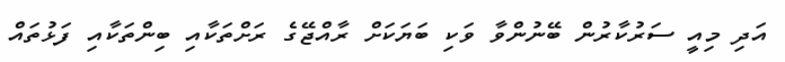
އަދި މިއީ ސަރުކާރުން ބޭނުންވާ ވަކި ބަޔަކަށް ރާއްޖޭގެ ރަށްތަކާއި ބިންތަކާއި ފަޅުތައް